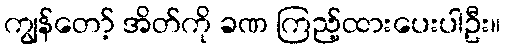
ကျွန်တော့် အိတ်ကို ခဏ ကြည့်ထားပေးပါဦး။